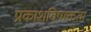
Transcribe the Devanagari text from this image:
प्रकाशविषाक्तता